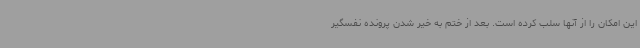
این امکان را از آنها سلب کرده است. بعد از ختم به خیر شدن پرونده نفسگیر